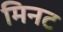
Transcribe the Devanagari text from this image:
मिनट